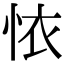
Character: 𢙇